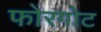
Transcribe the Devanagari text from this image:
फोरगोट